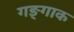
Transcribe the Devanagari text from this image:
गङ्गाक